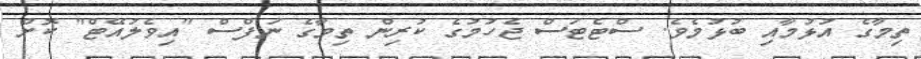
ތިމާގެ އުޅުމާއި ބުޅުމެވެ. ސްޓެޓަސް ޖެހުމުގެ ކުރިން ތިމާގެ ނަފްސް "އިވެލުއޭޓް" ކޮށް